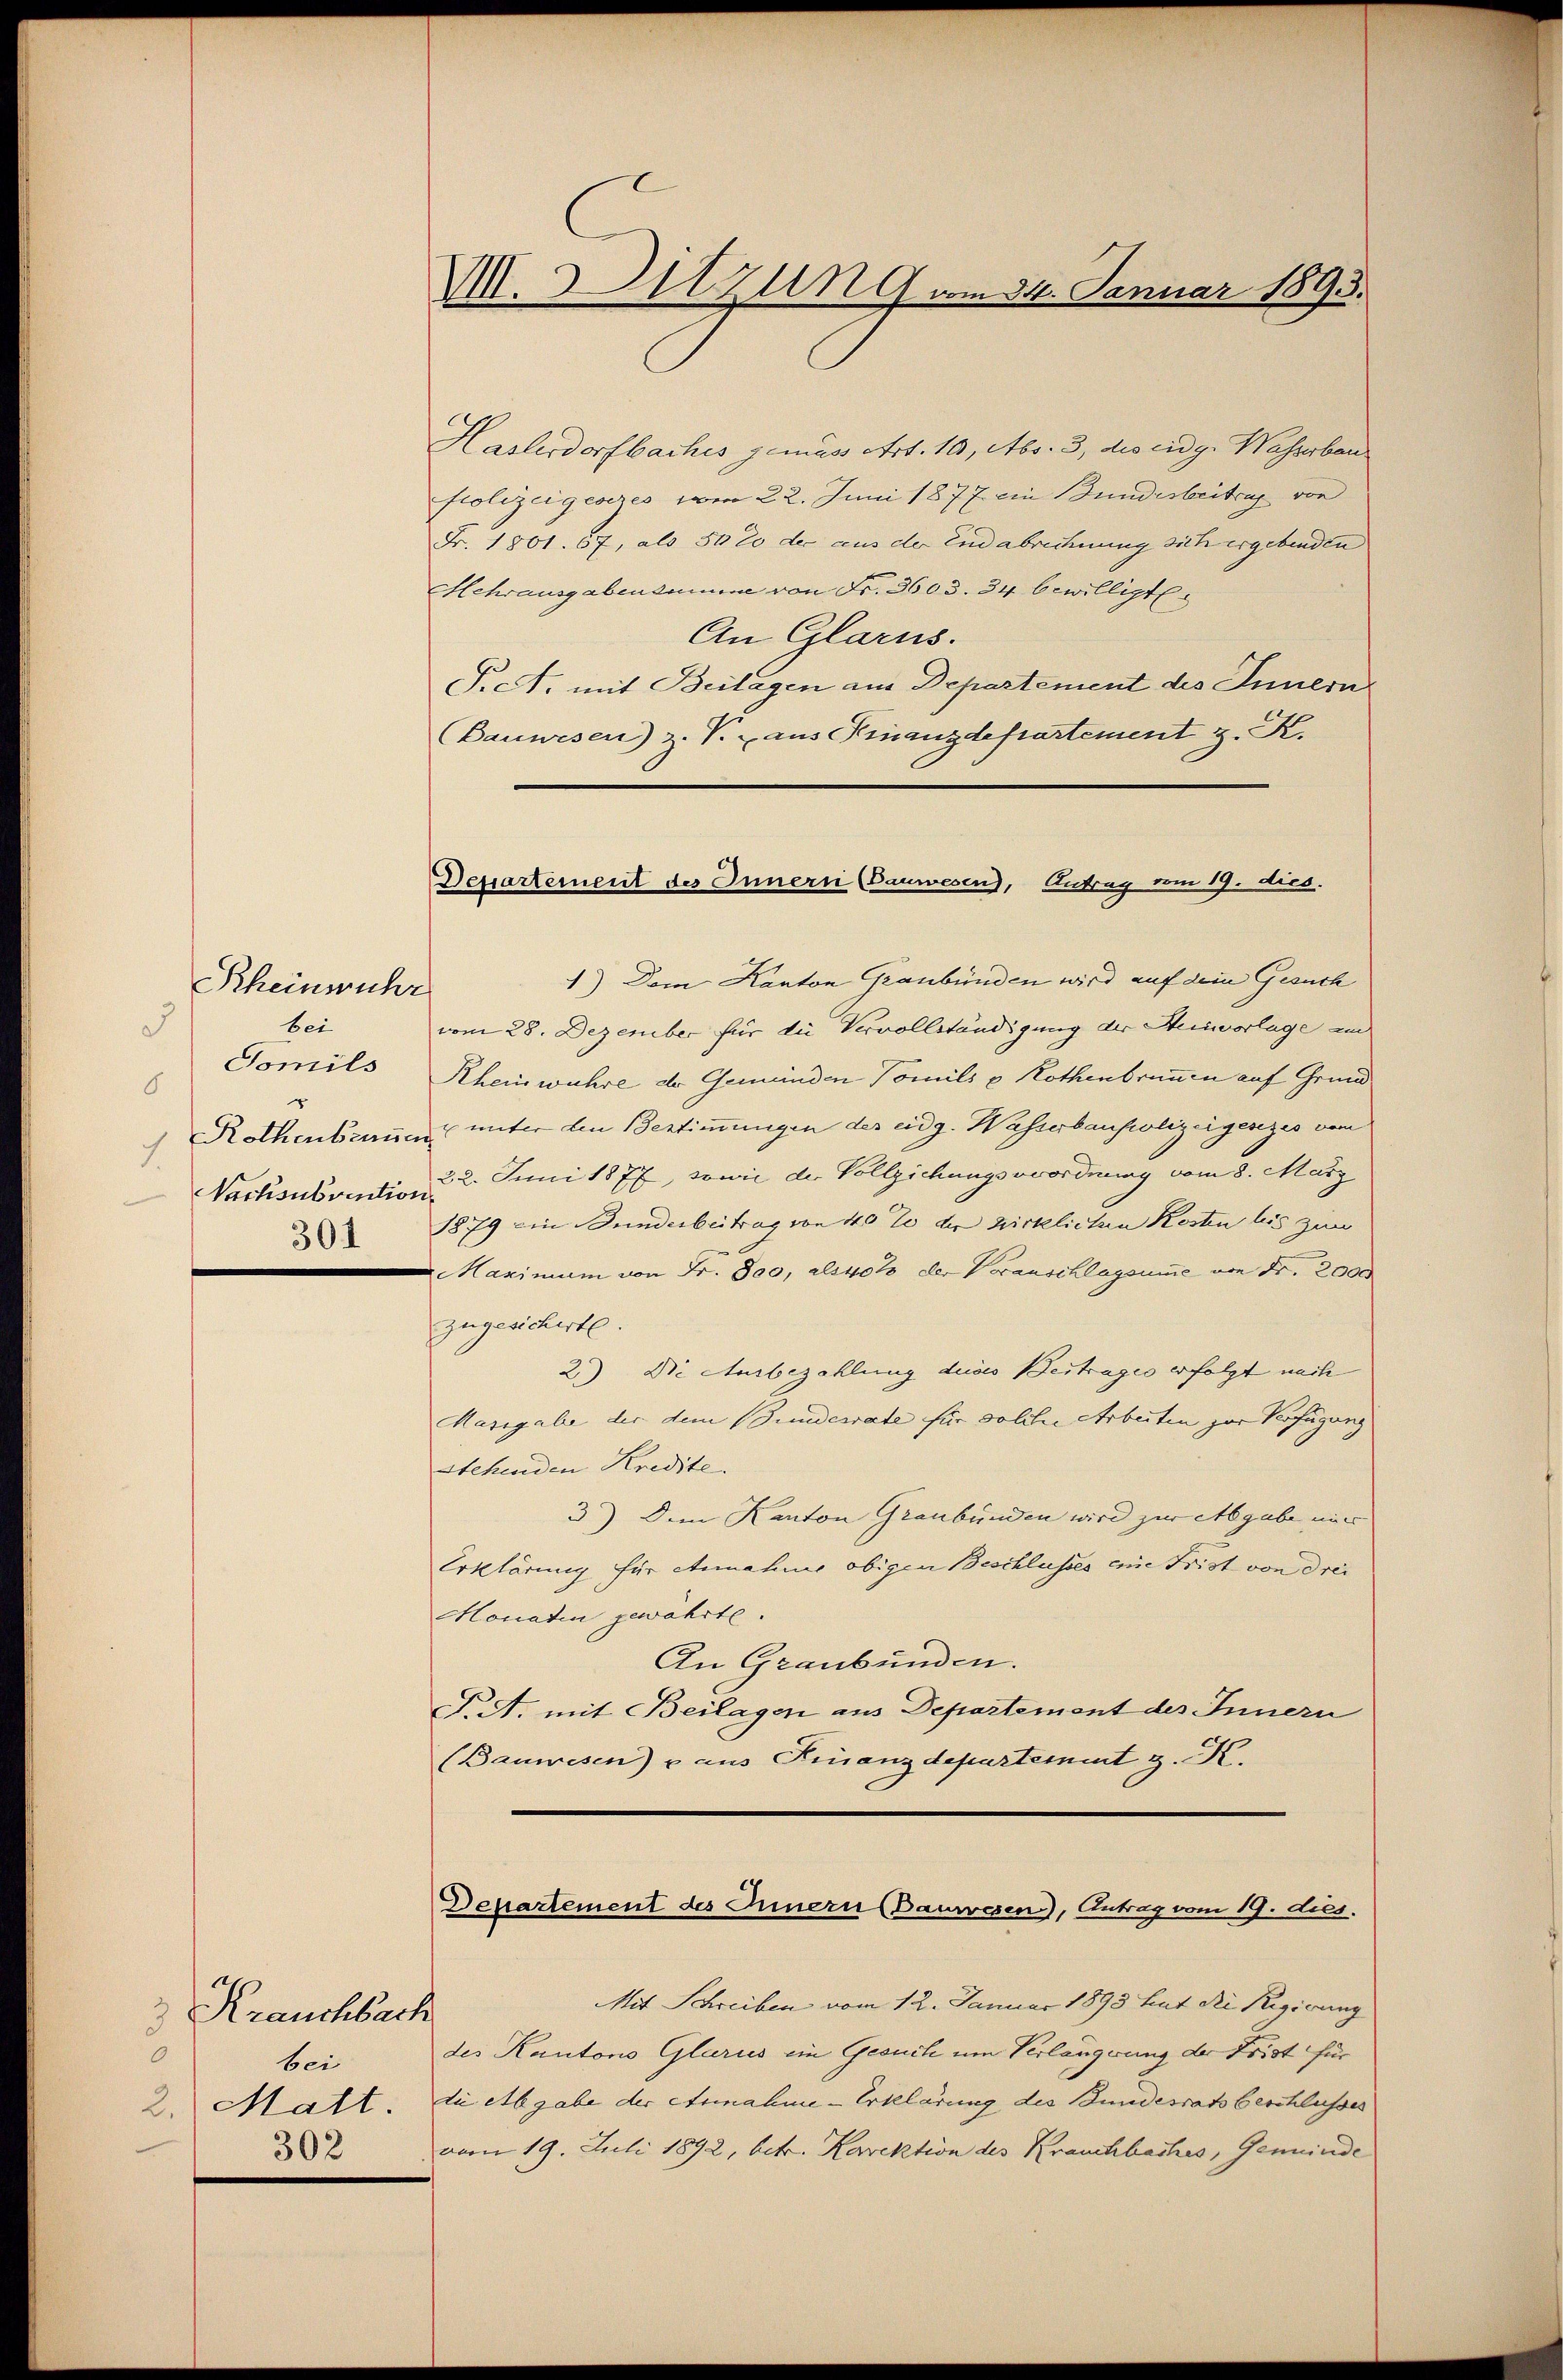
Rheinwuhr
bei
3
Tomils
6
"
Nachsubvention
301

Krauchbach
3
0
bei
2. Matt
302

V. Hitzung vom 24. Januar 1893.

Departement des Innern (Bauwesen), Antrag vom 19. dies.

Haslerdorfbaches gemäss Art. 10, Abs. 3, des eidg. Wasserban
polizeigesezes vom 22. Juni 1877 ein Bundesbeitrag von
Fr. 1801. 67, als 50 20 der aus der Endabrechnung sich ergebenden
Hehrausgabensumme von Fr. 3603. 34. bewilligt
An Glarus.
F.c. mit Beilagen aus Departement des Innern
(Bauwesen) z. V. aus inanzdepartement z. K.
1.) Dem Kanton Graubünden wird auf dem Gesuch
vom 28. Dezember für die Vervollständigung der Minvorlage an
Rheinwuhre der Gemeinden Tomils & Rothenbrunnen auf Grund
Rothenbaren unter den Bestimmungen der eidg. Wasserbaupolizeigesezes vom
22. Juni 1877, sowie der Vollziehungsverordnung vom 8. März
1879 ein Bunderbeitrag von 40% der wirklichen Kosten bis zum
 Maximum von Fr. 800, als 40% der Vorauschlagsume von Fr. 2000
zugesicherte.
2) Die Ausbezahlung deres Beitrages erfolgt nach
Massgabe der dem Bunderate für solcher Arbeiten zur Verfügung
stehenden Kredite.
3.) Dem Kanton Graubünden wird zur Abgabe mir
Erklärung für Annahme obigen Beschlusses eine Frist von drei
Monaten gewährte.
An Graubünden.
P.A. mit Beilagen aus Departement des Innern
(Bauwesen) u. aus Finanzdepartement z. K.
Departement des Innern Bauwesen, Antrag vom 19. dies.
Mit Schreiben vom 12. Januar 1898 hat die Regierung
des Kantons Glarus im Gesuch um Verlängerung der Frist für
die Abgabe der Annahme-Erklärung des Bundesrats beschlusses
vom 19. Juli 1892, betr. Korrektion des Krauchbaches, Gemeinde